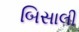
બિસાલી